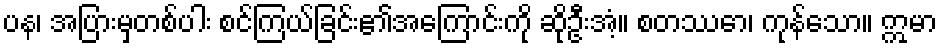
ပန၊ အပြားမှတစ်ပါး စင်ကြယ်ခြင်း၏အကြောင်းကို ဆိုဦးအံ့။ စတဿော၊ ကုန်သော။ ဣမာ